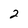
Character: 2